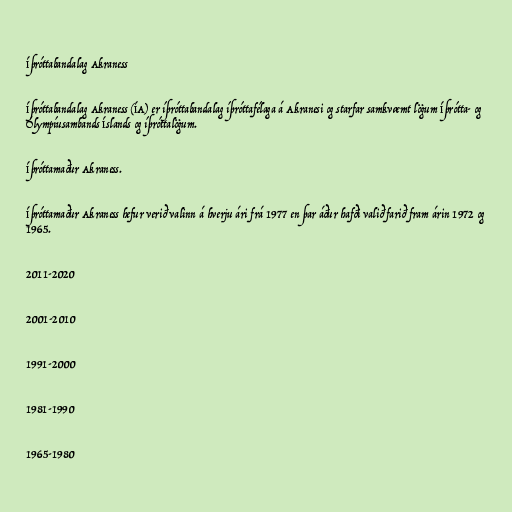
Íþróttabandalag Akraness

Íþróttabandalag Akraness (ÍA) er íþróttabandalag íþróttafélaga á Akranesi og starfar samkvæmt lögum Íþrótta- og
Ólympíusambands Íslands og íþróttalögum.

Íþróttamaður Akraness.

Íþróttamaður Akraness hefur verið valinn á hverju ári frá 1977 en þar áður hafði valið farið fram árin 1972 og
1965.

2011-2020

2001-2010

1991-2000

1981-1990

1965-1980